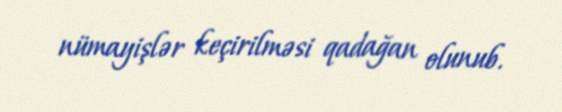
nümayişlər keçirilməsi qadağan olunub.